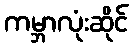
ကမ္ဘာလုံးဆိုင်